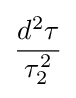
{\frac {d^{2}\tau }{\tau _{2}^{2}}}